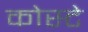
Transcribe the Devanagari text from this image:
कोस्टे